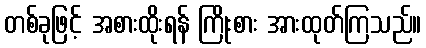
တစ်ခုဖြင့် အစားထိုးရန် ကြိုးစား အားထုတ်ကြသည်။